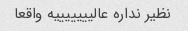
نظیر نداره عالیییییییه واقعا